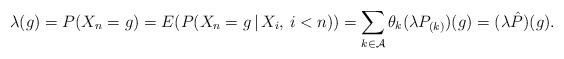
LaTeX: \begin{align*}\lambda(g)=P( X_n =g ) = E (P( X_n =g \, |\,X_i, \, i<n )) = \sum_{k \in \mathcal{A}} \theta_k(\lambda P_{(k)}) (g)= ( \lambda \hat P) (g).\end{align*}